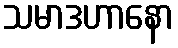
သမာဒဟာနော